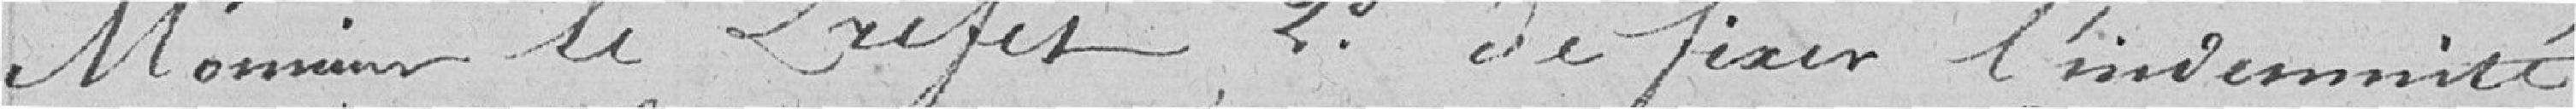
Monsieur le Préfet, 2°. de fixer l'indemnité